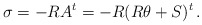
\begin{align*}\sigma = -RA^{t} = -R( R\theta + S)^{t} \, .\end{align*}